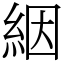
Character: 絪